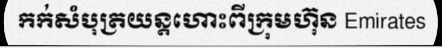
កក់សំបុត្រយន្តហោះពីក្រុមហ៊ុន Emirates